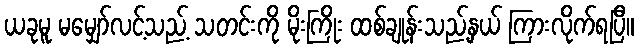
ယခုမူ မမျှော်လင့်သည့် သတင်းကို မိုးကြိုး ထစ်ချုန်းသည့်နှယ် ကြားလိုက်ရပြီ။